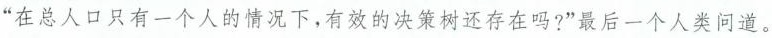
“在总人口只有一个人的情况下，有效的决策树还存在吗?”最后一个人类问道。